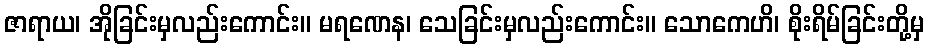
ဇာရာယ၊ အိုခြင်းမှလည်းကောင်း။ မရဏေန၊ သေခြင်းမှလည်းကောင်း။ သောကေဟိ၊ စိုးရိမ်ခြင်းတို့မှ